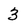
Character: 3